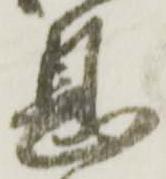
息